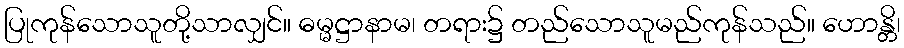
ပြုကုန်သောသူတို့သာလျှင်။ ဓမ္မဋ္ဌာနာမ၊ တရား၌ တည်သောသူမည်ကုန်သည်။ ဟောန္တိ၊